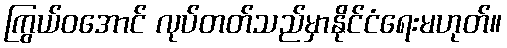
ကြွယ်ဝအောင် လုပ်တတ်သည်မှာနိုင်ငံရေးမဟုတ်။